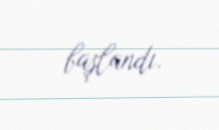
başlandı.